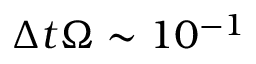
\Delta t \Omega \sim 1 0 ^ { - 1 }